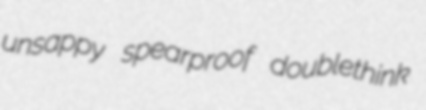
unsappy spearproof doublethink